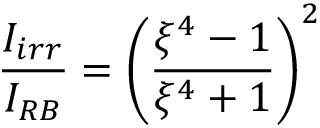
\frac { I _ { i r r } } { I _ { R B } } = \left( \frac { \xi ^ { 4 } - 1 } { \xi ^ { 4 } + 1 } \right) ^ { 2 }